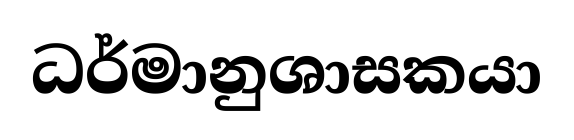
ධර්මානුශාසකයා